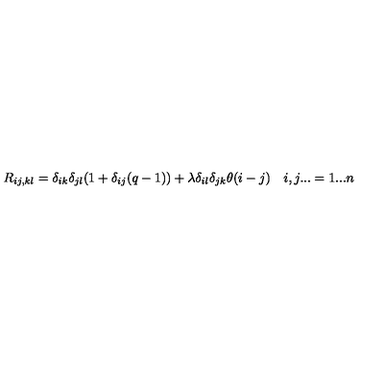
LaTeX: R _ { i j , k l } = \delta _ { i k } \delta _ { j l } ( 1 + \delta _ { i j } ( q - 1 ) ) + \lambda \delta _ { i l } \delta _ { j k } \theta ( i - j ) \quad i , j . . . = 1 . . . n